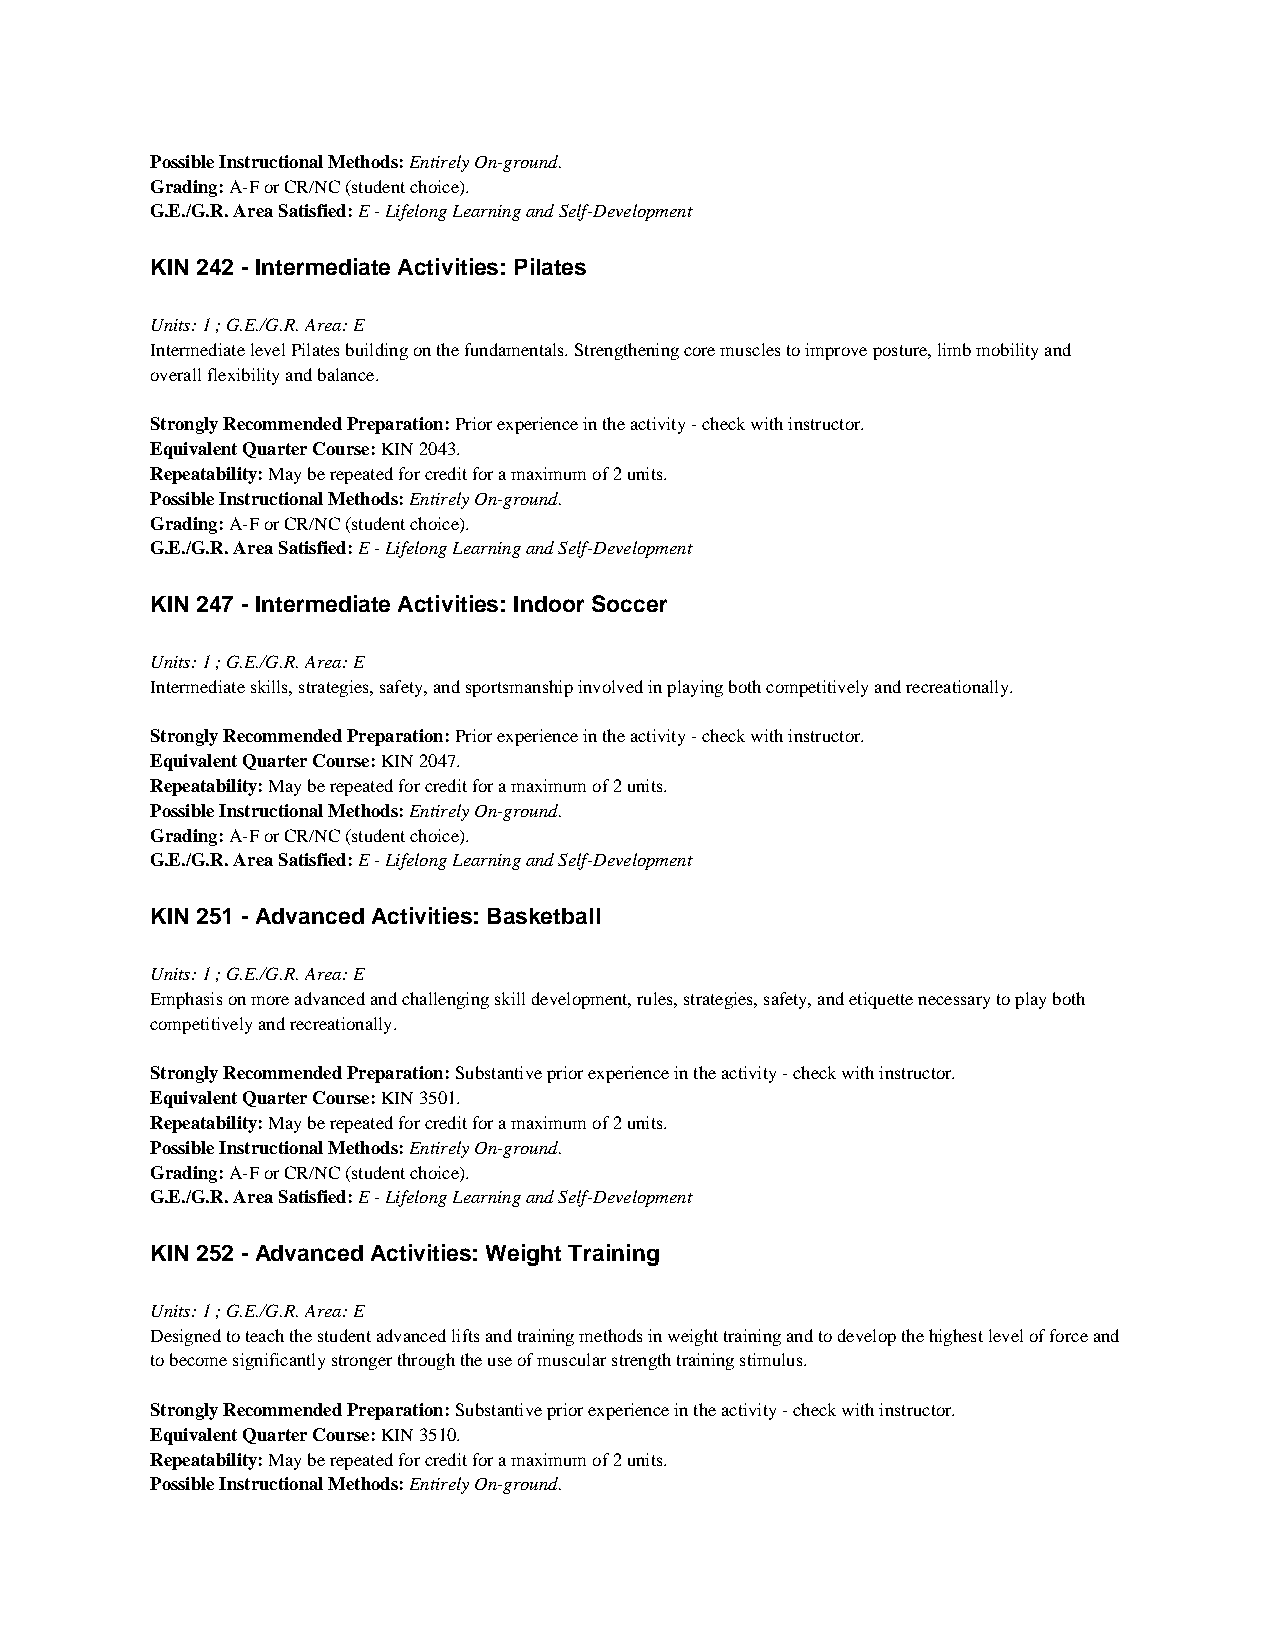
Possible Instructional Methods: Entirely On-ground.
 Grading: A-F or CR/NC (student choice).
 G.E./G.R. Area Satisfied: E - Lifelong Learning and Self-Development
 KIN 242 - Intermediate Activities: Pilates
 Units: 1 ; G.E./G.R. Area: E
 Intermediate level Pilates building on the fundamentals. Strengthening core muscles to improve posture, limb mobility and
 overall flexibility and balance.
 Strongly Recommended Preparation: Prior experience in the activity - check with instructor.
 Equivalent Quarter Course: KIN 2043.
 Repeatability: May be repeated for credit for a maximum of 2 units.
 Possible Instructional Methods: Entirely On-ground.
 Grading: A-F or CR/NC (student choice).
 G.E./G.R. Area Satisfied: E - Lifelong Learning and Self-Development
 KIN 247 - Intermediate Activities: Indoor Soccer
 Units: 1 ; G.E./G.R. Area: E
 Intermediate skills, strategies, safety, and sportsmanship involved in playing both competitively and recreationally.
 Strongly Recommended Preparation: Prior experience in the activity - check with instructor.
 Equivalent Quarter Course: KIN 2047.
 Repeatability: May be repeated for credit for a maximum of 2 units.
 Possible Instructional Methods: Entirely On-ground.
 Grading: A-F or CR/NC (student choice).
 G.E./G.R. Area Satisfied: E - Lifelong Learning and Self-Development
 KIN 251 - Advanced Activities: Basketball
 Units: 1 ; G.E./G.R. Area: E
 Emphasis on more advanced and challenging skill development, rules, strategies, safety, and etiquette necessary to play both
 competitively and recreationally.
 Strongly Recommended Preparation: Substantive prior experience in the activity - check with instructor.
 Equivalent Quarter Course: KIN 3501.
 Repeatability: May be repeated for credit for a maximum of 2 units.
 Possible Instructional Methods: Entirely On-ground.
 Grading: A-F or CR/NC (student choice).
 G.E./G.R. Area Satisfied: E - Lifelong Learning and Self-Development
 KIN 252 - Advanced Activities: Weight Training
 Units: 1 ; G.E./G.R. Area: E
 Designed to teach the student advanced lifts and training methods in weight training and to develop the highest level of force and
 to become significantly stronger through the use of muscular strength training stimulus.
 Strongly Recommended Preparation: Substantive prior experience in the activity - check with instructor.
 Equivalent Quarter Course: KIN 3510.
 Repeatability: May be repeated for credit for a maximum of 2 units.
 Possible Instructional Methods: Entirely On-ground.